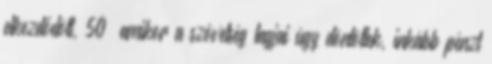
elkezdődött, 50 amikor a szövetség tagjai úgy döntöttek, inkább pénzt